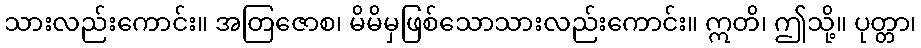
သားလည်းကောင်း။ အတြဇောစ၊ မိမိမှဖြစ်သောသားလည်းကောင်း။ ဣတိ၊ ဤသို့။ ပုတ္တာ၊